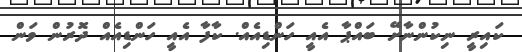
ކައިރީ ނިކުންނާށޭ ބައްޕާ އެއީ ހަންޑިއެއް. ކާފާ އެއީ ހަންޑިއެއް ދޮރުން ވަން